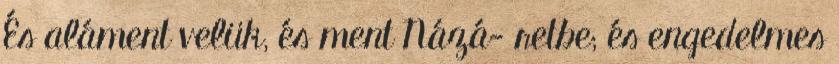
És aláment velük, és ment Názá− retbe; és engedelmes